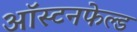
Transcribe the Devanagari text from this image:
ऑस्टनफेल्ड